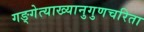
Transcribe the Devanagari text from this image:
गङ्गेत्याख्यानुगुणचरिता